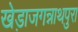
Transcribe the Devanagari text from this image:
खेड़ाजगन्नाथपुरा